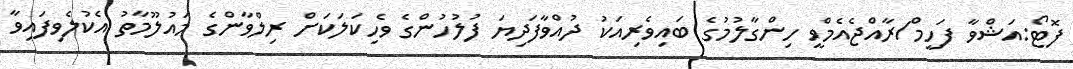
ފޮޓޯ:އަޝްވާ ފަހީމް/ރާއްޖެއެމްވީ ހިންގާލުމުގެ ބައިވެރިއަކު ދުއްވާފަދިޔަ ފުލުހުންގެ ވެހިކަލަކަށް ރިލްވާންގެ މައުލޫމާތު އެކުލެވިފައިވާ